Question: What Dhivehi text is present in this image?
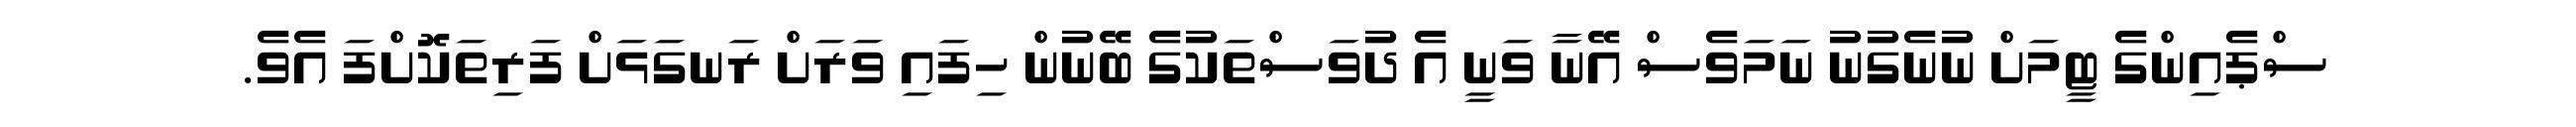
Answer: ސްޕެއިންގެ ޓީމަށް ނުނެގުނު ނަމަވެސް އޭނާ ވަނީ އެ ދުވަސްތަކުގެ ބޭނުން ހިފައި ވަރަށް ރަނގަޅަށް ފަރިތަކޮށްފަ އެވެ.